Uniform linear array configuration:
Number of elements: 4
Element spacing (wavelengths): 0.25
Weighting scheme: hamming
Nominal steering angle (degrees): -15
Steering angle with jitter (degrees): -16.866
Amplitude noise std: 0.05
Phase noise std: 0.05

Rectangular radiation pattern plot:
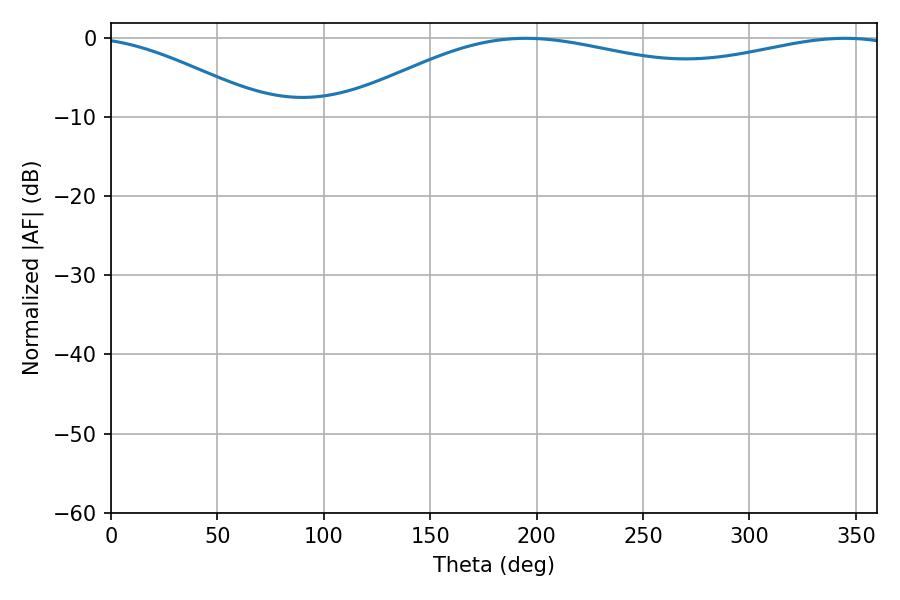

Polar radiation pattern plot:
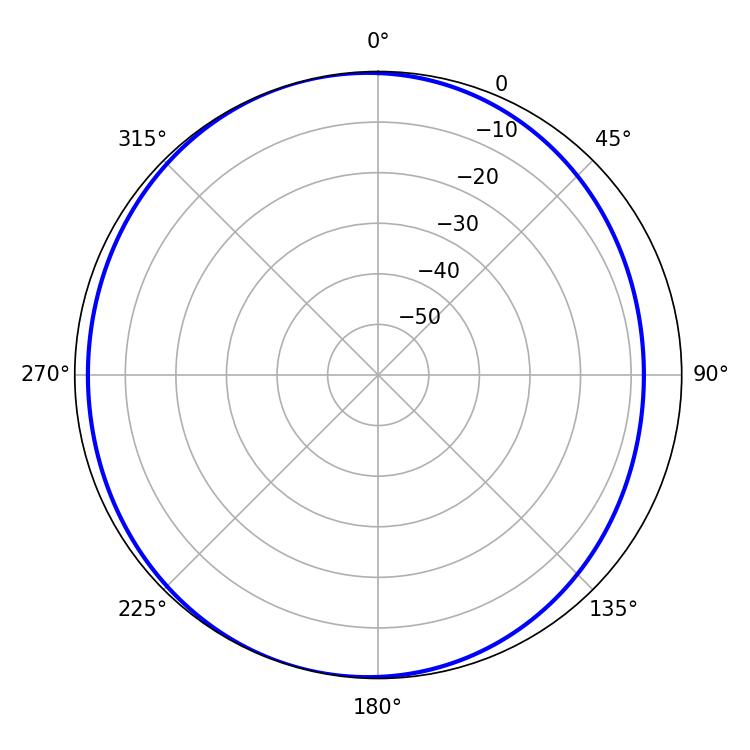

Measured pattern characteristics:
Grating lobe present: FALSE
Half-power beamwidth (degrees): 213.3
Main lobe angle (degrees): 194.94